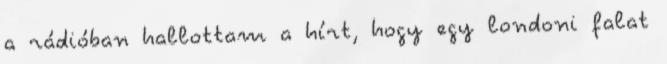
a rádióban hallottam a hírt, hogy egy londoni falat